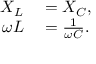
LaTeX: \begin{array} { r l } { X _ { L } } & { { } = X _ { C } , } \\ { \omega L } & { { } = { \frac { 1 } { \omega C } } . } \end{array}